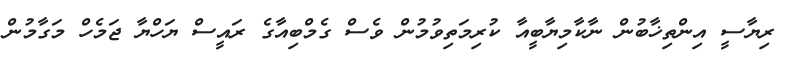
ރިޔާސީ އިންތިޚާބުން ނާކާމިޔާބީއާ ކުރިމަތިވުމުން ވެސް ގެމްބިއާގެ ރައީސް ޔަހްޔާ ޖަމެހް މަގާމުން